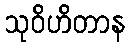
သုဝိဟိတာန